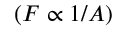
( F \propto 1 / A )